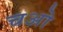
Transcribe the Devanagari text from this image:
चओ